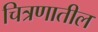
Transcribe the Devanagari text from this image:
चित्रणातील